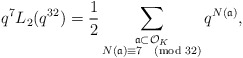
\begin{align*} q^{7} L_{2}(q^{32}) = \frac{1}{2} \sum_{\substack{\frak{a} \subset \mathcal{O}_{K} \\ N(\frak{a}) \equiv 7 \pmod{32}}} q^{N(\frak{a})},\end{align*}